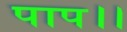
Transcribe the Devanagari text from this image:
पाप।।